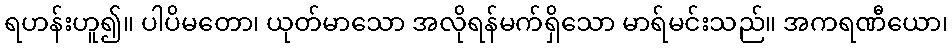
ရဟန်းဟူ၍။ ပါပိမတော၊ ယုတ်မာသော အလိုရန်မက်ရှိသော မာရ်မင်းသည်။ အကရဏီယော၊